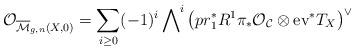
LaTeX: \begin{align*} \mathcal{O} ^ {} _ {\overline{\mathcal{M}}_{g,n}(X,0)} = \sum_{i \geq 0} (-1)^i \bigwedge \nolimits^i \left( pr_1^* R^1\pi_* \mathcal{O}_\mathcal{C} \otimes \textnormal{ev}^* T_X \right)^\vee \end{align*}